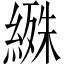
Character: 𬗰